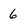
Character: 6